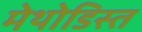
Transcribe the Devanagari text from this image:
मेथोडिस्त